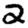
Digit: 2